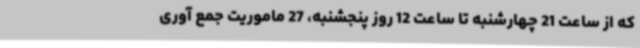
که از ساعت 21 چهارشنبه تا ساعت 12 روز پنجشنبه، 27 ماموریت جمع آوری